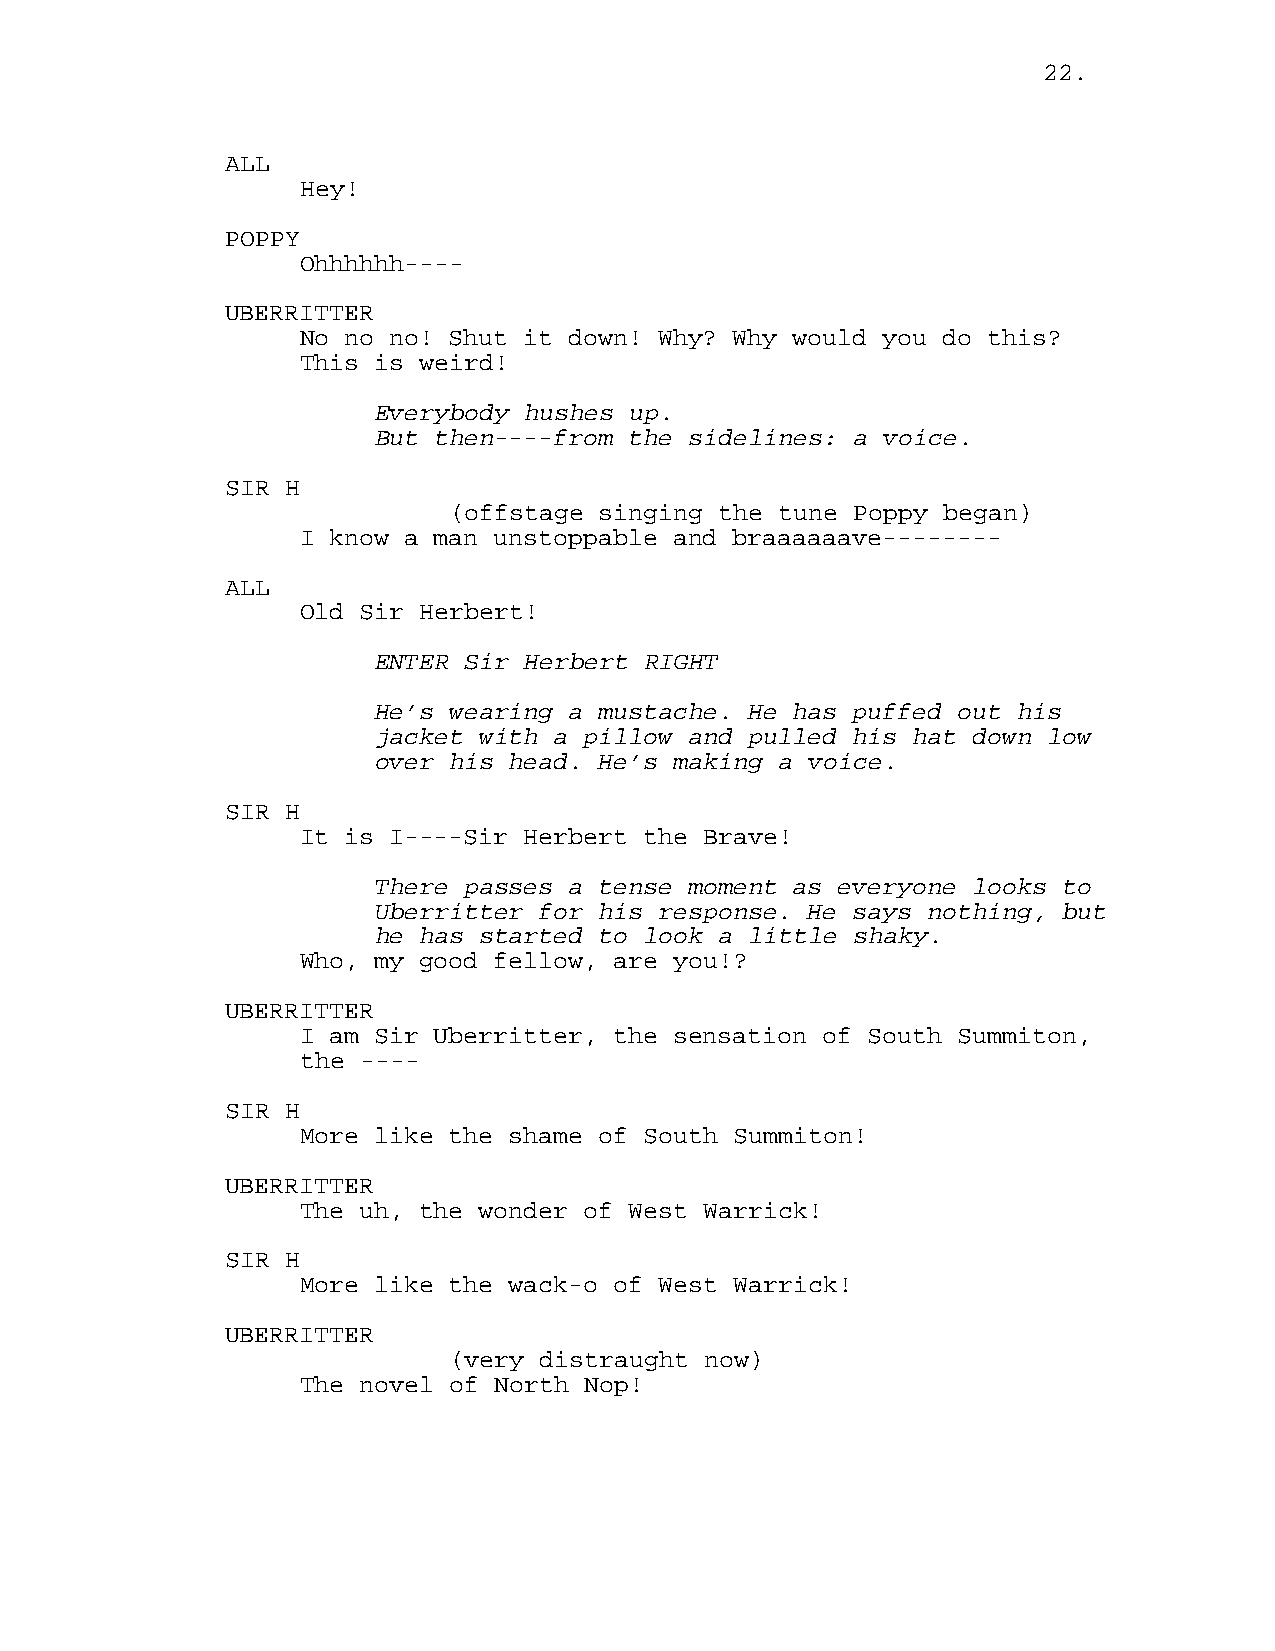
22.
 ALL
 Hey!
 POPPY
 Ohhhhhh----
 UBERRITTER
 No no no! Shut it down! Why? Why would you do this?
 This is weird!
 Everybody hushes up.
 But then----from the sidelines: a voice.
 SIR H
 (offstage singing the tune Poppy began)
 I know a man unstoppable and braaaaaave--------
 ALL
 Old Sir Herbert!
 ENTER Sir Herbert RIGHT
 He’s wearing a mustache. He has puffed out his
 jacket with a pillow and pulled his hat down low
 over his head. He’s making a voice.
 SIR H
 It is I----Sir Herbert the Brave!
 There passes a tense moment as everyone looks to
 Uberritter for his response. He says nothing, but
 he has started to look a little shaky.
 Who, my good fellow, are you!?
 UBERRITTER
 I am Sir Uberritter, the sensation of South Summiton,
 the ----
 SIR H
 More like the shame of South Summiton!
 UBERRITTER
 The uh, the wonder of West Warrick!
 SIR H
 More like the wack-o of West Warrick!
 UBERRITTER
 (very distraught now)
 The novel of North Nop!